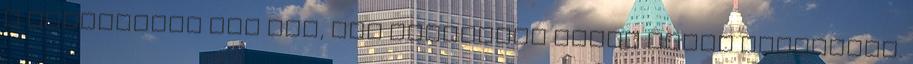
a Malackáról van szó, aki egyébként Balog Judit színésznő.